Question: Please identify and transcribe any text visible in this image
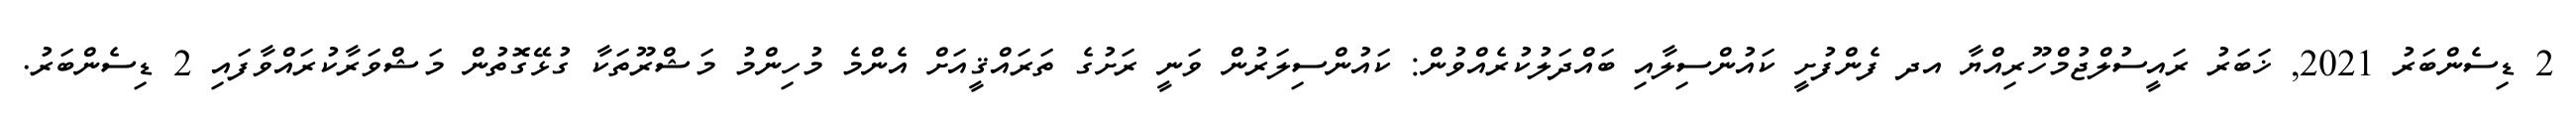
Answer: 2 ޑިސެންބަރު 2021, ޚަބަރު ރައީސުލްޖުމްހޫރިއްޔާ އދ ފެންފުށީ ކައުންސިލާއި ބައްދަލުކުރެއްވުން: ކައުންސިލަރުން ވަނީ ރަށުގެ ތަރައްޤީއަށް އެންމެ މުހިންމު މަޝްރޫތަކާ ގުޅޭގޮތުން މަޝްވަރާކުރައްވާފައި 2 ޑިސެންބަރު.